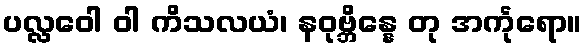
ပလ္လဝေါ ဝါ ကိသလယံ၊ နဝုဗ္ဘိန္နေ တု အင်္ကုရော။